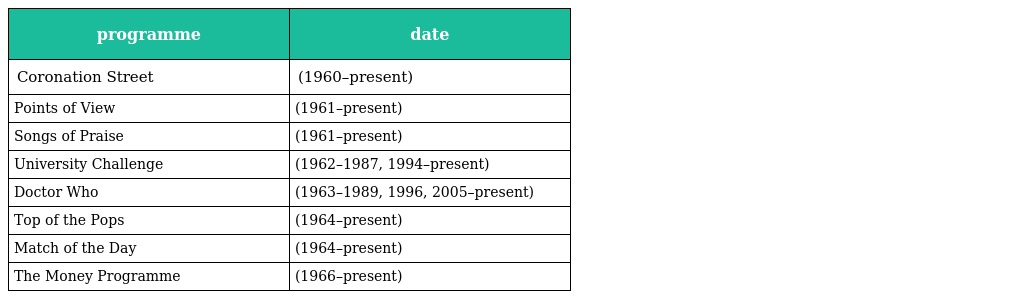
| programme | date |
 | --- | --- |
 | Coronation Street | (1960–present) |
 | Points of View | (1961–present) |
 | Songs of Praise | (1961–present) |
 | University Challenge | (1962–1987, 1994–present) |
 | Doctor Who | (1963–1989, 1996, 2005–present) |
 | Top of the Pops | (1964–present) |
 | Match of the Day | (1964–present) |
 | The Money Programme | (1966–present) |